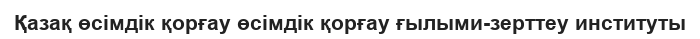
Қазақ өсімдік қорғау өсімдік қорғау ғылыми-зерттеу институты